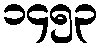
၁၄၅၃